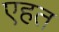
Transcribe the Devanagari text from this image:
एहत